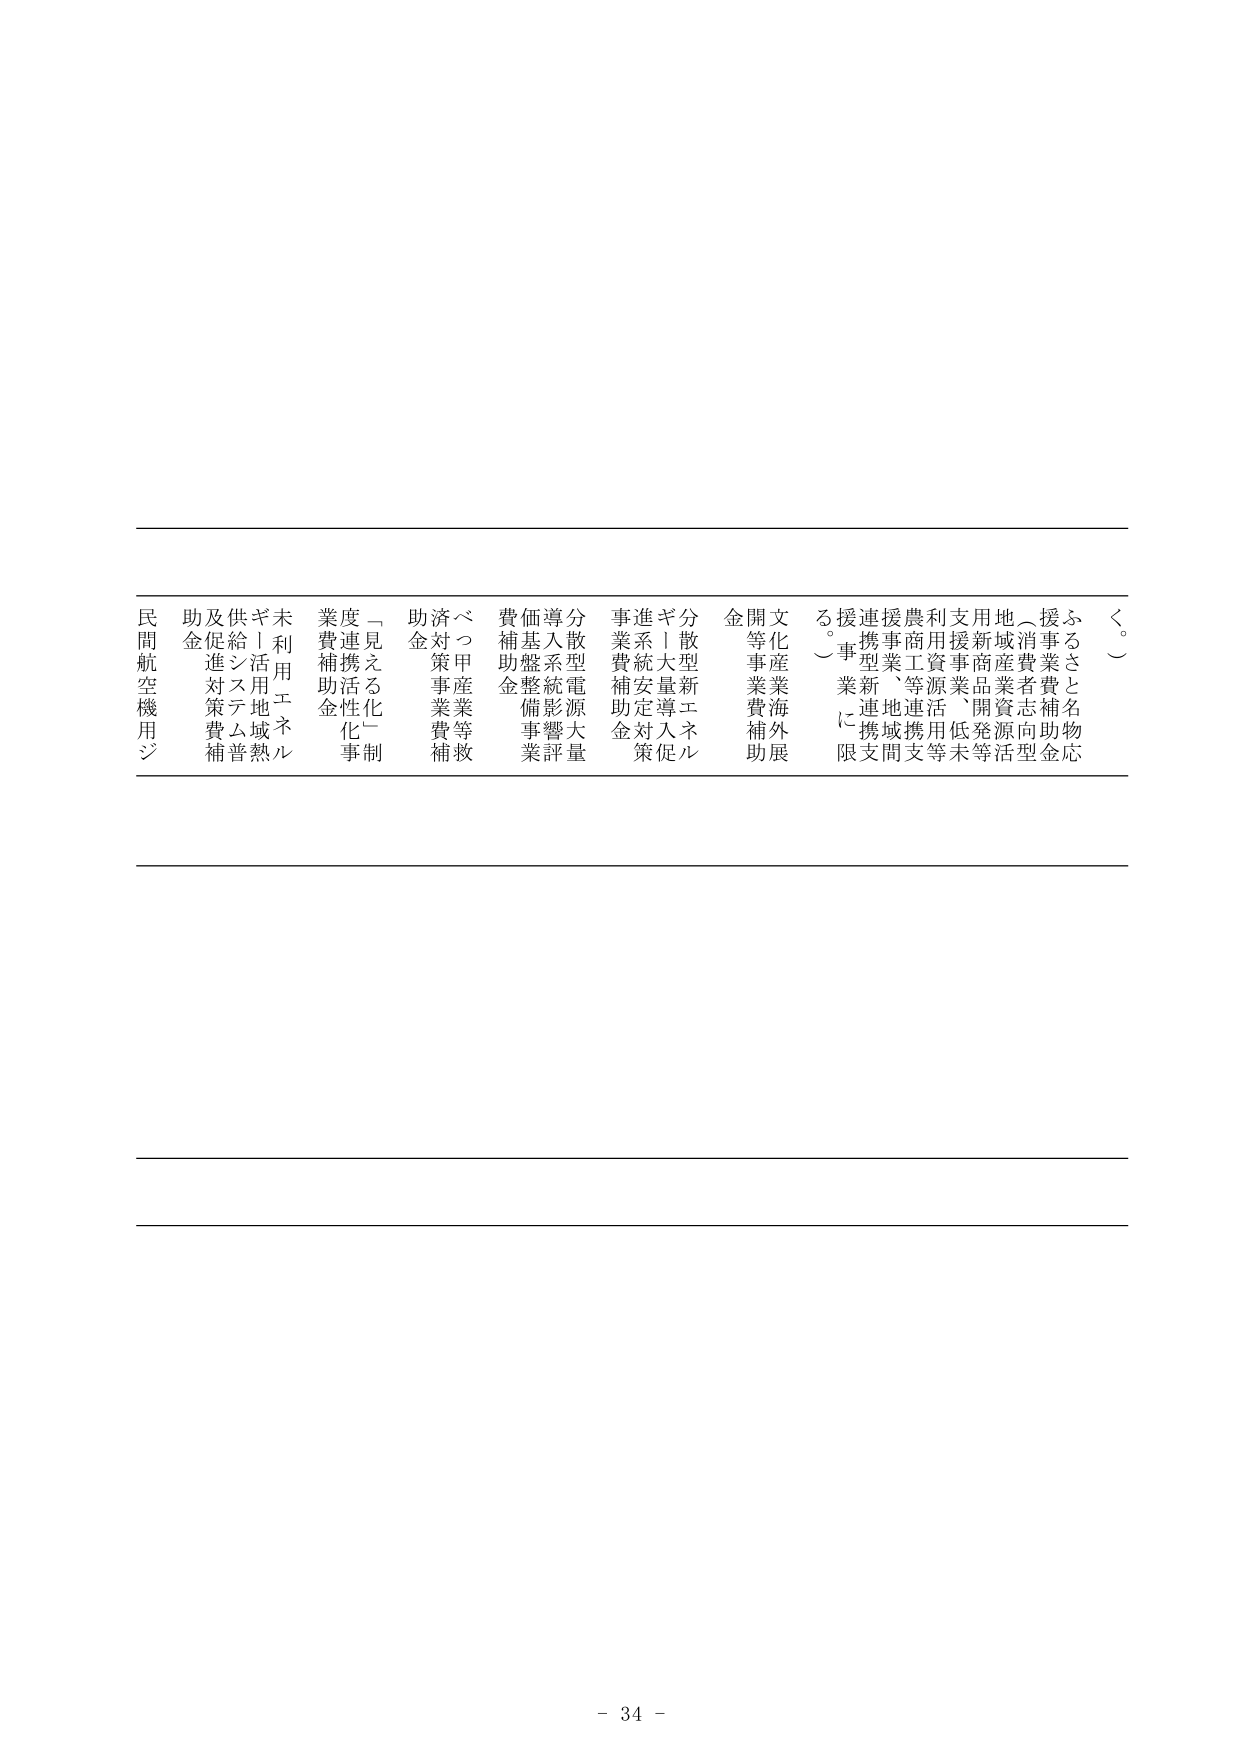
く。
ふるさと名物応援事業費補助金
地場消費者志向型
用地産業資源活
新商品開発等
支援事業、低未
利用資源活用等
農商工等連携支援
連携型新連携支援
援助事業に限
文化産業海外展開等事業補助金
分散型新エネルギー
ギリシャ量導入促進
事業系統安定対策
事業費補助金
分散型電源大量評量
導入系統影響
価格整備事業
費補助金
べつ甲産業等救済対策事業補助金
助金
一える化制
度連携活性化事業
業費補助金
未利用エネルギー
ギリシャ活地域熱供給システム普及
及び促進対策費補助金
民間航空機用ジ
- 34 -